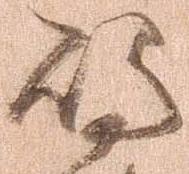
島